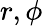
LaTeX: r,\phi